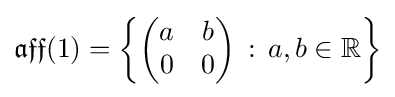
{\mathfrak {aff}}(1)=\left\{{\begin{pmatrix}a&b\\0&0\end{pmatrix}}\,:\,a,b\in \mathbb {R} \right\}